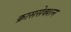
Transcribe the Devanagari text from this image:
क्राससेक्शन